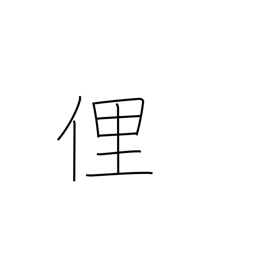
Meaning: ill mannered